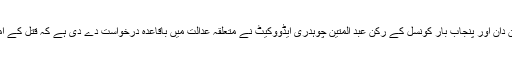
اس سلسلہ میں ساہیوال کے معروف قانون دان اور پنجاب بار کونسل کے رکن عبد المتین چوہدری ایڈووکیٹ نے متعلقہ عدالت میں باقاعدہ درخواست دے دی ہے کہ قتل کے امکانات کی عدالتی تحقیقات کرائی جائیں۔